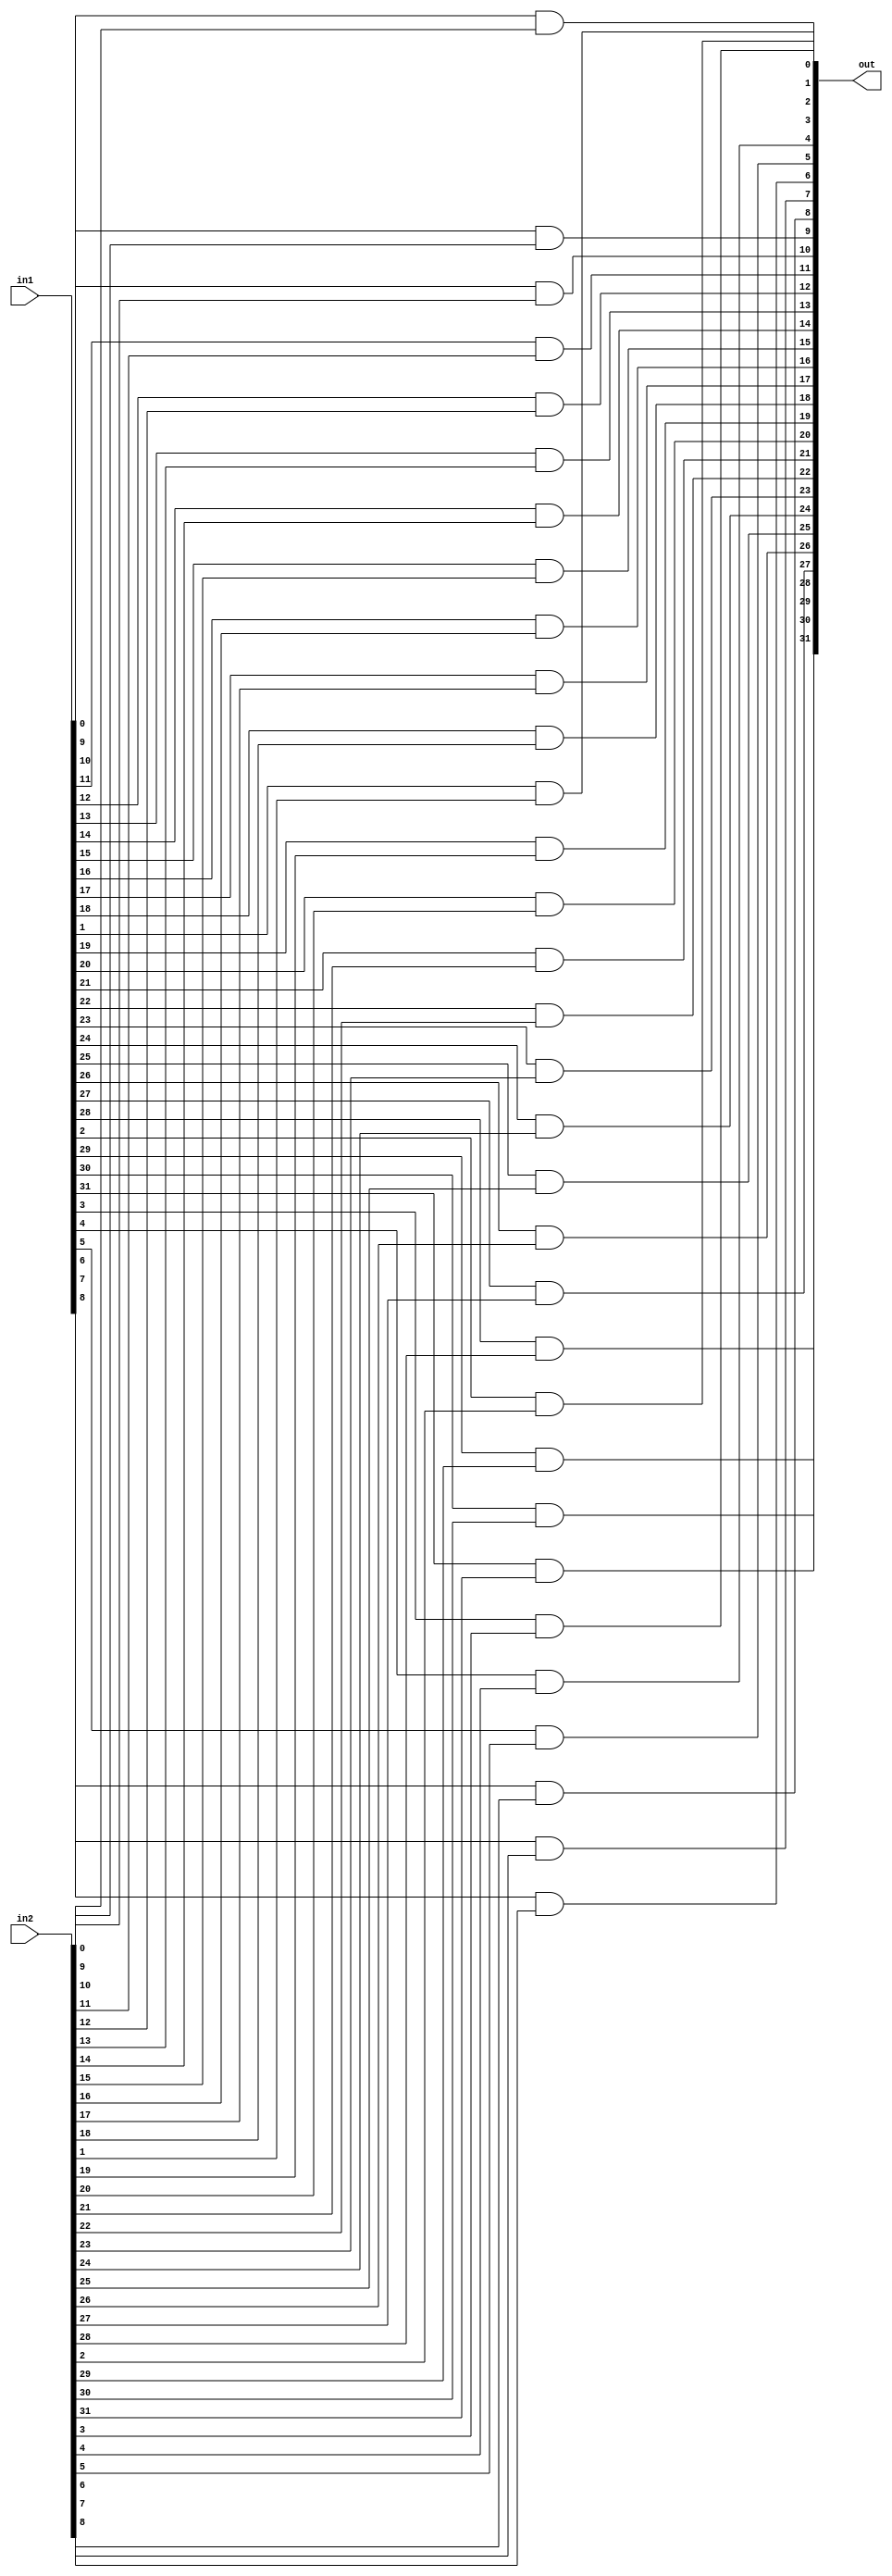
module and_32(out, in1, in2);
	input [31:0] in1, in2;
	output [31:0] out;
	
	genvar i;
	generate
		for (i = 0; i < 32; i = i + 1) begin: And_Series
			and and_0(out[i], in1[i], in2[i]);
		end
	endgenerate
endmodule